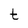
Character: t